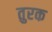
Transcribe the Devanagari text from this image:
तुरक